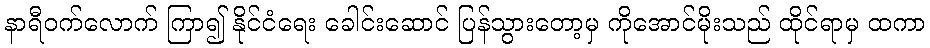
နာရီဝက်လောက် ကြာ၍ နိုင်ငံရေး ခေါင်းဆောင် ပြန်သွားတော့မှ ကိုအောင်မိုးသည် ထိုင်ရာမှ ထကာ